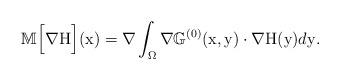
LaTeX: \begin{align*}\mathbb{M}\Big[\nabla \mathrm{H}\Big](\mathrm{x}) = \nabla \int_{\Omega} \nabla\mathbb{G}^{(0)}(\mathrm{x},\mathrm{y})\cdot\nabla \mathrm{H}(\mathrm{y})d\mathrm{y}.\end{align*}